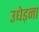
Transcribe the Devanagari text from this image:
उधेड़ना